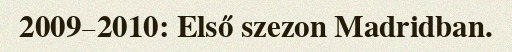
2009–2010: Első szezon Madridban.